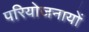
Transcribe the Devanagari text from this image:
परियोजनायों